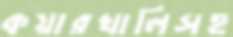
কয়ারখালিসহ